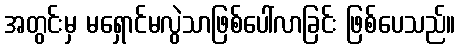
အတွင်းမှ မရှောင်မလွဲသာဖြစ်ပေါ်လာခြင်း ဖြစ်ပေသည်။